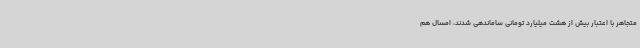
متجاهر با اعتبار بیش از هشت میلیارد تومانی ساماندهی شدند، امسال هم